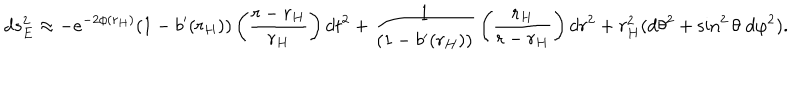
d s _ { E } ^ { 2 } \approx - e ^ { - 2 \phi ( r _ { H } ) } ( 1 - b ^ { \prime } ( r _ { H } ) ) \left( { \frac { r - r _ { H } } { r _ { H } } } \right) d t ^ { 2 } + { \frac { 1 } { ( 1 - b ^ { \prime } ( r _ { H } ) ) } } \left( { \frac { r _ { H } } { r - r _ { H } } } \right) d r ^ { 2 } + r _ { H } ^ { 2 } ( d \theta ^ { 2 } + \sin ^ { 2 } \theta \; d \varphi ^ { 2 } ) .